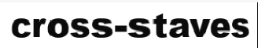
cross-staves